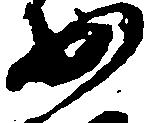
少